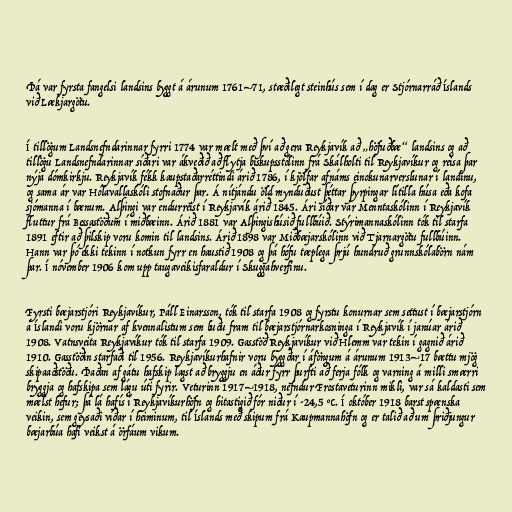
Þá var fyrsta fangelsi landsins byggt á árunum 1761–71, stæðilegt steinhús sem í dag er Stjórnarráð Íslands
við Lækjargötu.

Í tillögum Landsnefndarinnar fyrri 1774 var mælt með því að gera Reykjavík að „höfuðbæ“ landsins og að
tillögu Landsnefndarinnar síðari var ákveðið að flytja biskupsstólinn frá Skálholti til Reykjavíkur og reisa þar
nýja dómkirkju. Reykjavík fékk kaupstaðarréttindi árið 1786, í kjölfar afnáms einokunarverslunar í landinu,
og sama ár var Hólavallaskóli stofnaður þar. Á nítjándu öld mynduðust þéttar þyrpingar lítilla húsa eða kofa
sjómanna í bænum. Alþingi var endurreist í Reykjavík árið 1845. Ári síðar var Menntaskólinn í Reykjavík
fluttur frá Bessastöðum í miðbæinn. Árið 1881 var Alþingishúsið fullbúið. Stýrimannaskólinn tók til starfa
1891 eftir að þilskip voru komin til landsins. Árið 1898 var Miðbæjarskólinn við Tjarnargötu fullbúinn.
Hann var þó ekki tekinn í notkun fyrr en haustið 1908 og þá hófu tæplega þrjú hundruð grunnskólabörn nám
þar. Í nóvember 1906 kom upp taugaveikisfaraldur í Skuggahverfinu.

Fyrsti bæjarstjóri Reykjavíkur, Páll Einarsson, tók til starfa 1908 og fyrstu konurnar sem settust í bæjarstjórn
á Íslandi voru kjörnar af kvennalistum sem buðu fram til bæjarstjórnarkosninga í Reykjavík í janúar árið
1908. Vatnsveita Reykjavíkur tók til starfa 1909. Gasstöð Reykjavíkur við Hlemm var tekin í gagnið árið
1910. Gasstöðin starfaði til 1956. Reykjavíkurhafnir voru byggðar í áföngum á árunum 1913–17 bættu mjög
skipaaðstöðu. Þaðan af gátu hafskip lagst að bryggju en áður fyrr þurfti að ferja fólk og varning á milli smærri
bryggja og hafskipa sem lágu úti fyrir. Veturinn 1917–1918, nefndur Frostaveturinn mikli, var sá kaldasti sem
mælst hefur; þá lá hafís í Reykjavíkurhöfn og hitastigið fór niður í -24,5 °C. Í október 1918 barst spænska
veikin, sem geysaði víðar í heiminum, til Íslands með skipum frá Kaupmannahöfn og er talið að um þriðjungur
bæjarbúa hafi veikst á örfáum vikum.